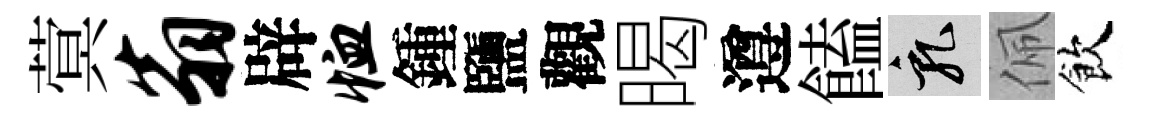
蓂翁辟恤鍾鹽觀暍遵饁乳佩飲